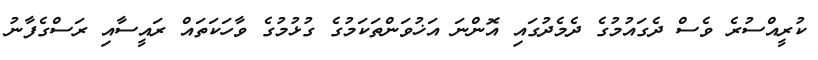
ކުރީއްސުރެ ވެސް ދެގައުމުގެ ދެމެދުގައި އޮންނަ އަޚުވަންތަކަމުގެ ގުޅުމުގެ ވާހަކަތައް ރައީސާއި ރަސްގެފާނު